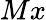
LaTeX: Mx